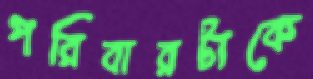
পরিবারটাকে